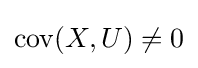
\operatorname {cov} (X,U)\neq 0